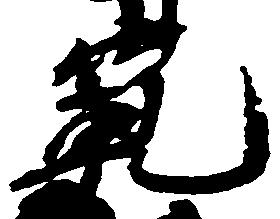
範